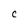
Character: C